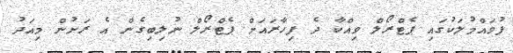
ފުވައްމުލަކުގައި ޕެޓްރޯލް ވިއްކާ ދެ ފިހާރައަށް ޕެޓްރޯލް ނުލިބިގެން އެ ރަށުން މިއަދު